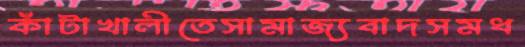
কাঁটাখালীতেসামাজ্যবাদসমধ